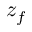
z _ { f }